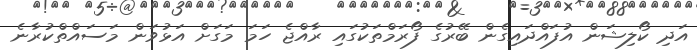
އަދި ކޯލިޝަން އުފައްދައިގެން ބޭރުގެ ފޯރަމްތަކުގައި ރާއްޖެ ހަމަ މަގަށް އަޅުވަން މަސައްތްކުރާނެ